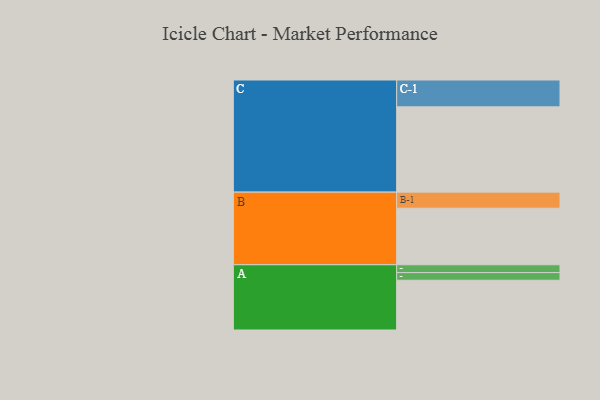
{"axis": {"x": "Segment", "y": "Value"}, "legend": ["", "A", "B", "C"], "data": [{"x": "A", "y": 350, "type": ""}, {"x": "B", "y": 398, "type": ""}, {"x": "C", "y": 600, "type": ""}, {"x": "A-1", "y": 54, "type": "A"}, {"x": "A-2", "y": 55, "type": "A"}, {"x": "B-1", "y": 113, "type": "B"}, {"x": "C-1", "y": 189, "type": "C"}]}